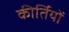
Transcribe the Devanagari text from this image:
कीर्तियों